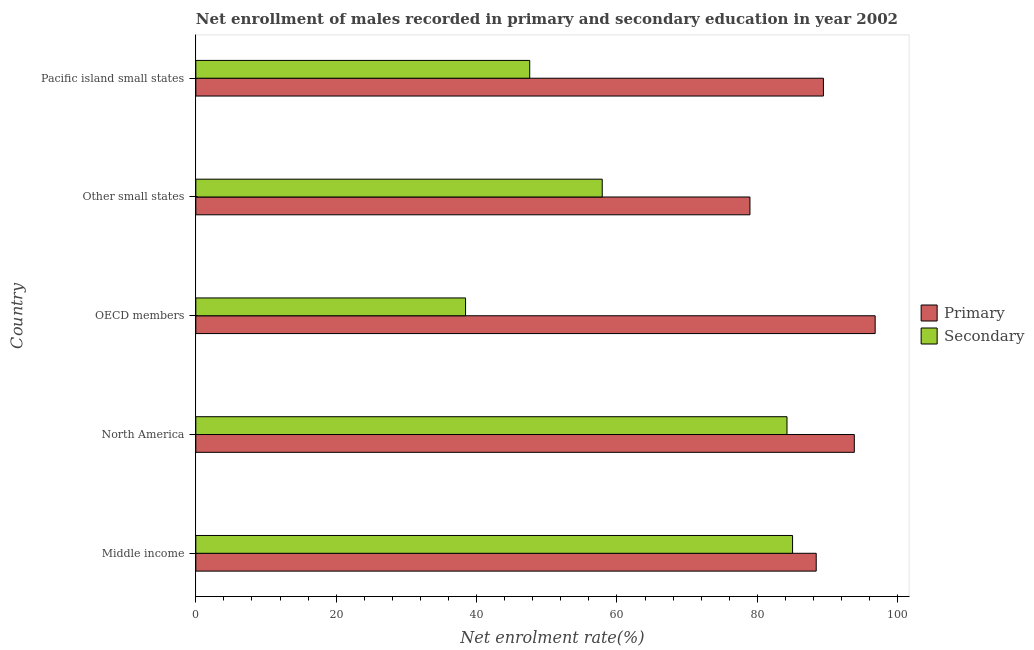
| Country | Primary | Secondary |
 | --- | --- | --- |
 | Middle income | 88.4 | 85 |
 | North America | 93.8 | 84.2 |
 | OECD members | 96.8 | 38.4 |
 | Other small states | 78.9 | 57.9 |
 | Pacific island small states | 89.4 | 47.6 |